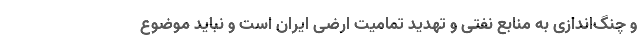
و چنگ‌اندازی به منابع نفتی و تهدید تمامیت ارضی ایران است و نباید موضوع